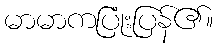
မာမာကပြုံးပြန်၏။